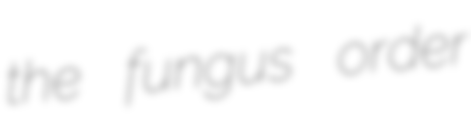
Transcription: the fungus order